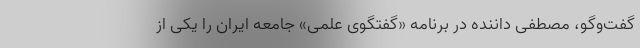
گفت‌وگو، مصطفی داننده در برنامه «گفتگوی علمی» جامعه ایران را یکی از